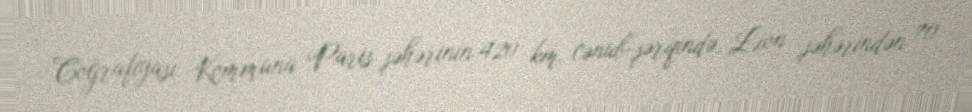
Coğrafiyası Kommuna Paris şəhərinin 420 km cənub-şərqində, Lion şəhərindən 70